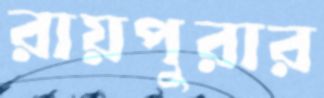
রায়পুরার